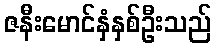
ဇနီးမောင်နှံနှစ်ဦးသည်